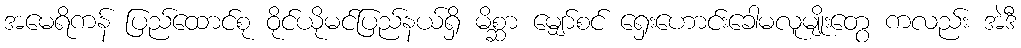
အမေရိကန် ပြည်ထောင်စု ဝိုင်ယိုမင်ပြည်နယ်ရှိ မိစ္ဆာ မျှော်စင် ရှေးဟောင်းခေါမလူမျိုးတွေ ကလည်း အဲဒီ